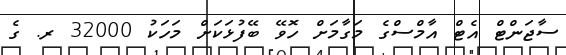
ސާޖަންޓް އެޓް އާމްސްގެ މަގާމަށް ހޮވޭ ބޭފުޅަކަށް މަހަކު 32000 ރ. ގެ